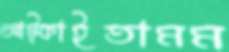
আট্‌কাইতামম